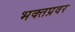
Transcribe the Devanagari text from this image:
भक्तप्रवर